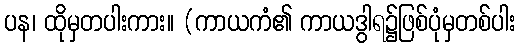
ပန၊ ထိုမှတပါးကား။ (ကာယကံ၏ ကာယဒွါရ၌ဖြစ်ပုံမှတစ်ပါး